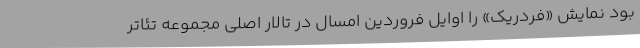
بود نمایش «فردریک» را اوایل فروردین امسال در تالار اصلی مجموعه تئاتر